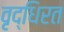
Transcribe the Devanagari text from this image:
वृद्धिरत